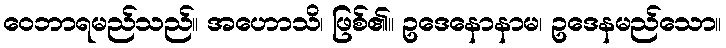
ဝေဘာရမည်သည်။ အဟောသိ၊ ဖြစ်၏။ ဥဒေနောနာမ၊ ဥဒေနမည်သော။